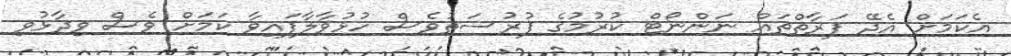
އެކަމަށް އެދޭ ފަރާތްތައް ނަންނޯޓް ކުރުމުގެ ފުރުސަތުވެސް ހުޅުވާލާފައިވާ ކަމަށް ވެސް ވިދާޅުވި